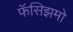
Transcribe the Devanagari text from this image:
फॅसिझमो